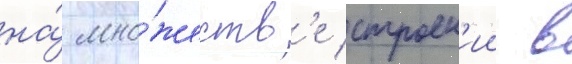
на́ мно́жеств'е строен'ии в